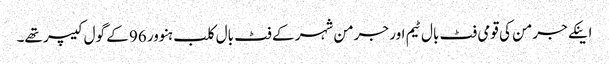
اینکے جرمن کی قومی فٹ بال ٹیم اور جرمن شہر کے فٹ بال کلب ہنوور 96 کے گول کیپر تھے۔